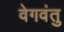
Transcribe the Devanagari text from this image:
वेगवंतु